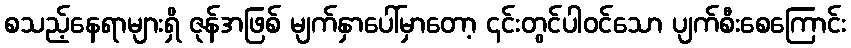
စသည့်နေရာများရှိ ဇုန်အဖြစ် မျက်နှာပေါ်မှာတော့ ၎င်းတွင်ပါဝင်သော ပျက်စီးစေကြောင်း